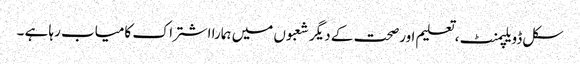
سکل ڈویلپمنٹ ،تعلیم اورصحت کے دیگر شعبوں میں ہمارا اشتراک کامیاب رہا ہے ۔